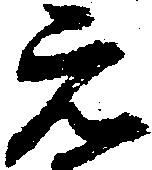
元